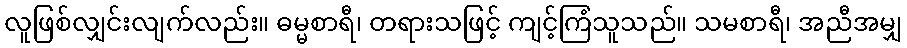
လူဖြစ်လျှင်းလျက်လည်း။ ဓမ္မစာရီ၊ တရားသဖြင့် ကျင့်ကြံသူသည်။ သမစာရီ၊ အညီအမျှ